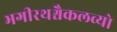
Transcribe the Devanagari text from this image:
भगीरथश्चैकलव्यो